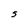
Character: S